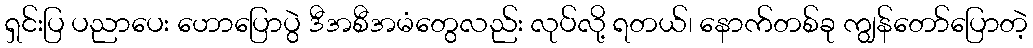
ရှင်းပြ ပညာပေး ဟောပြောပွဲ ဒီအစီအမံတွေလည်း လုပ်လို့ ရတယ်၊ နောက်တစ်ခု ကျွန်တော်ပြောတဲ့